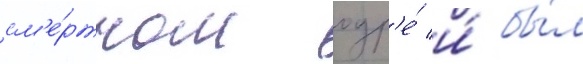
см'е́ртном одр'е́ и́ бы́л